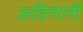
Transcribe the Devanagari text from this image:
अडिगांनी